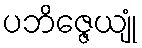
ပဘိဇ္ဇေယျုံ